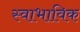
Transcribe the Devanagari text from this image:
स्‍वाभाविक